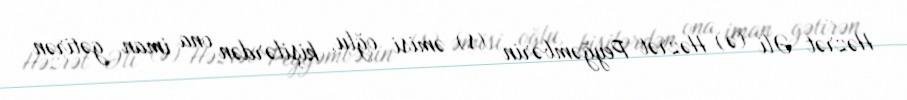
Həzrət Əli (ə) Həzrət Peyğəmbərin (s) əmisi oğlu, kişilərdən ona iman gətirən